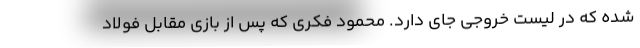
شده که در لیست خروجی جای دارد. محمود فکری که پس از بازی مقابل فولاد